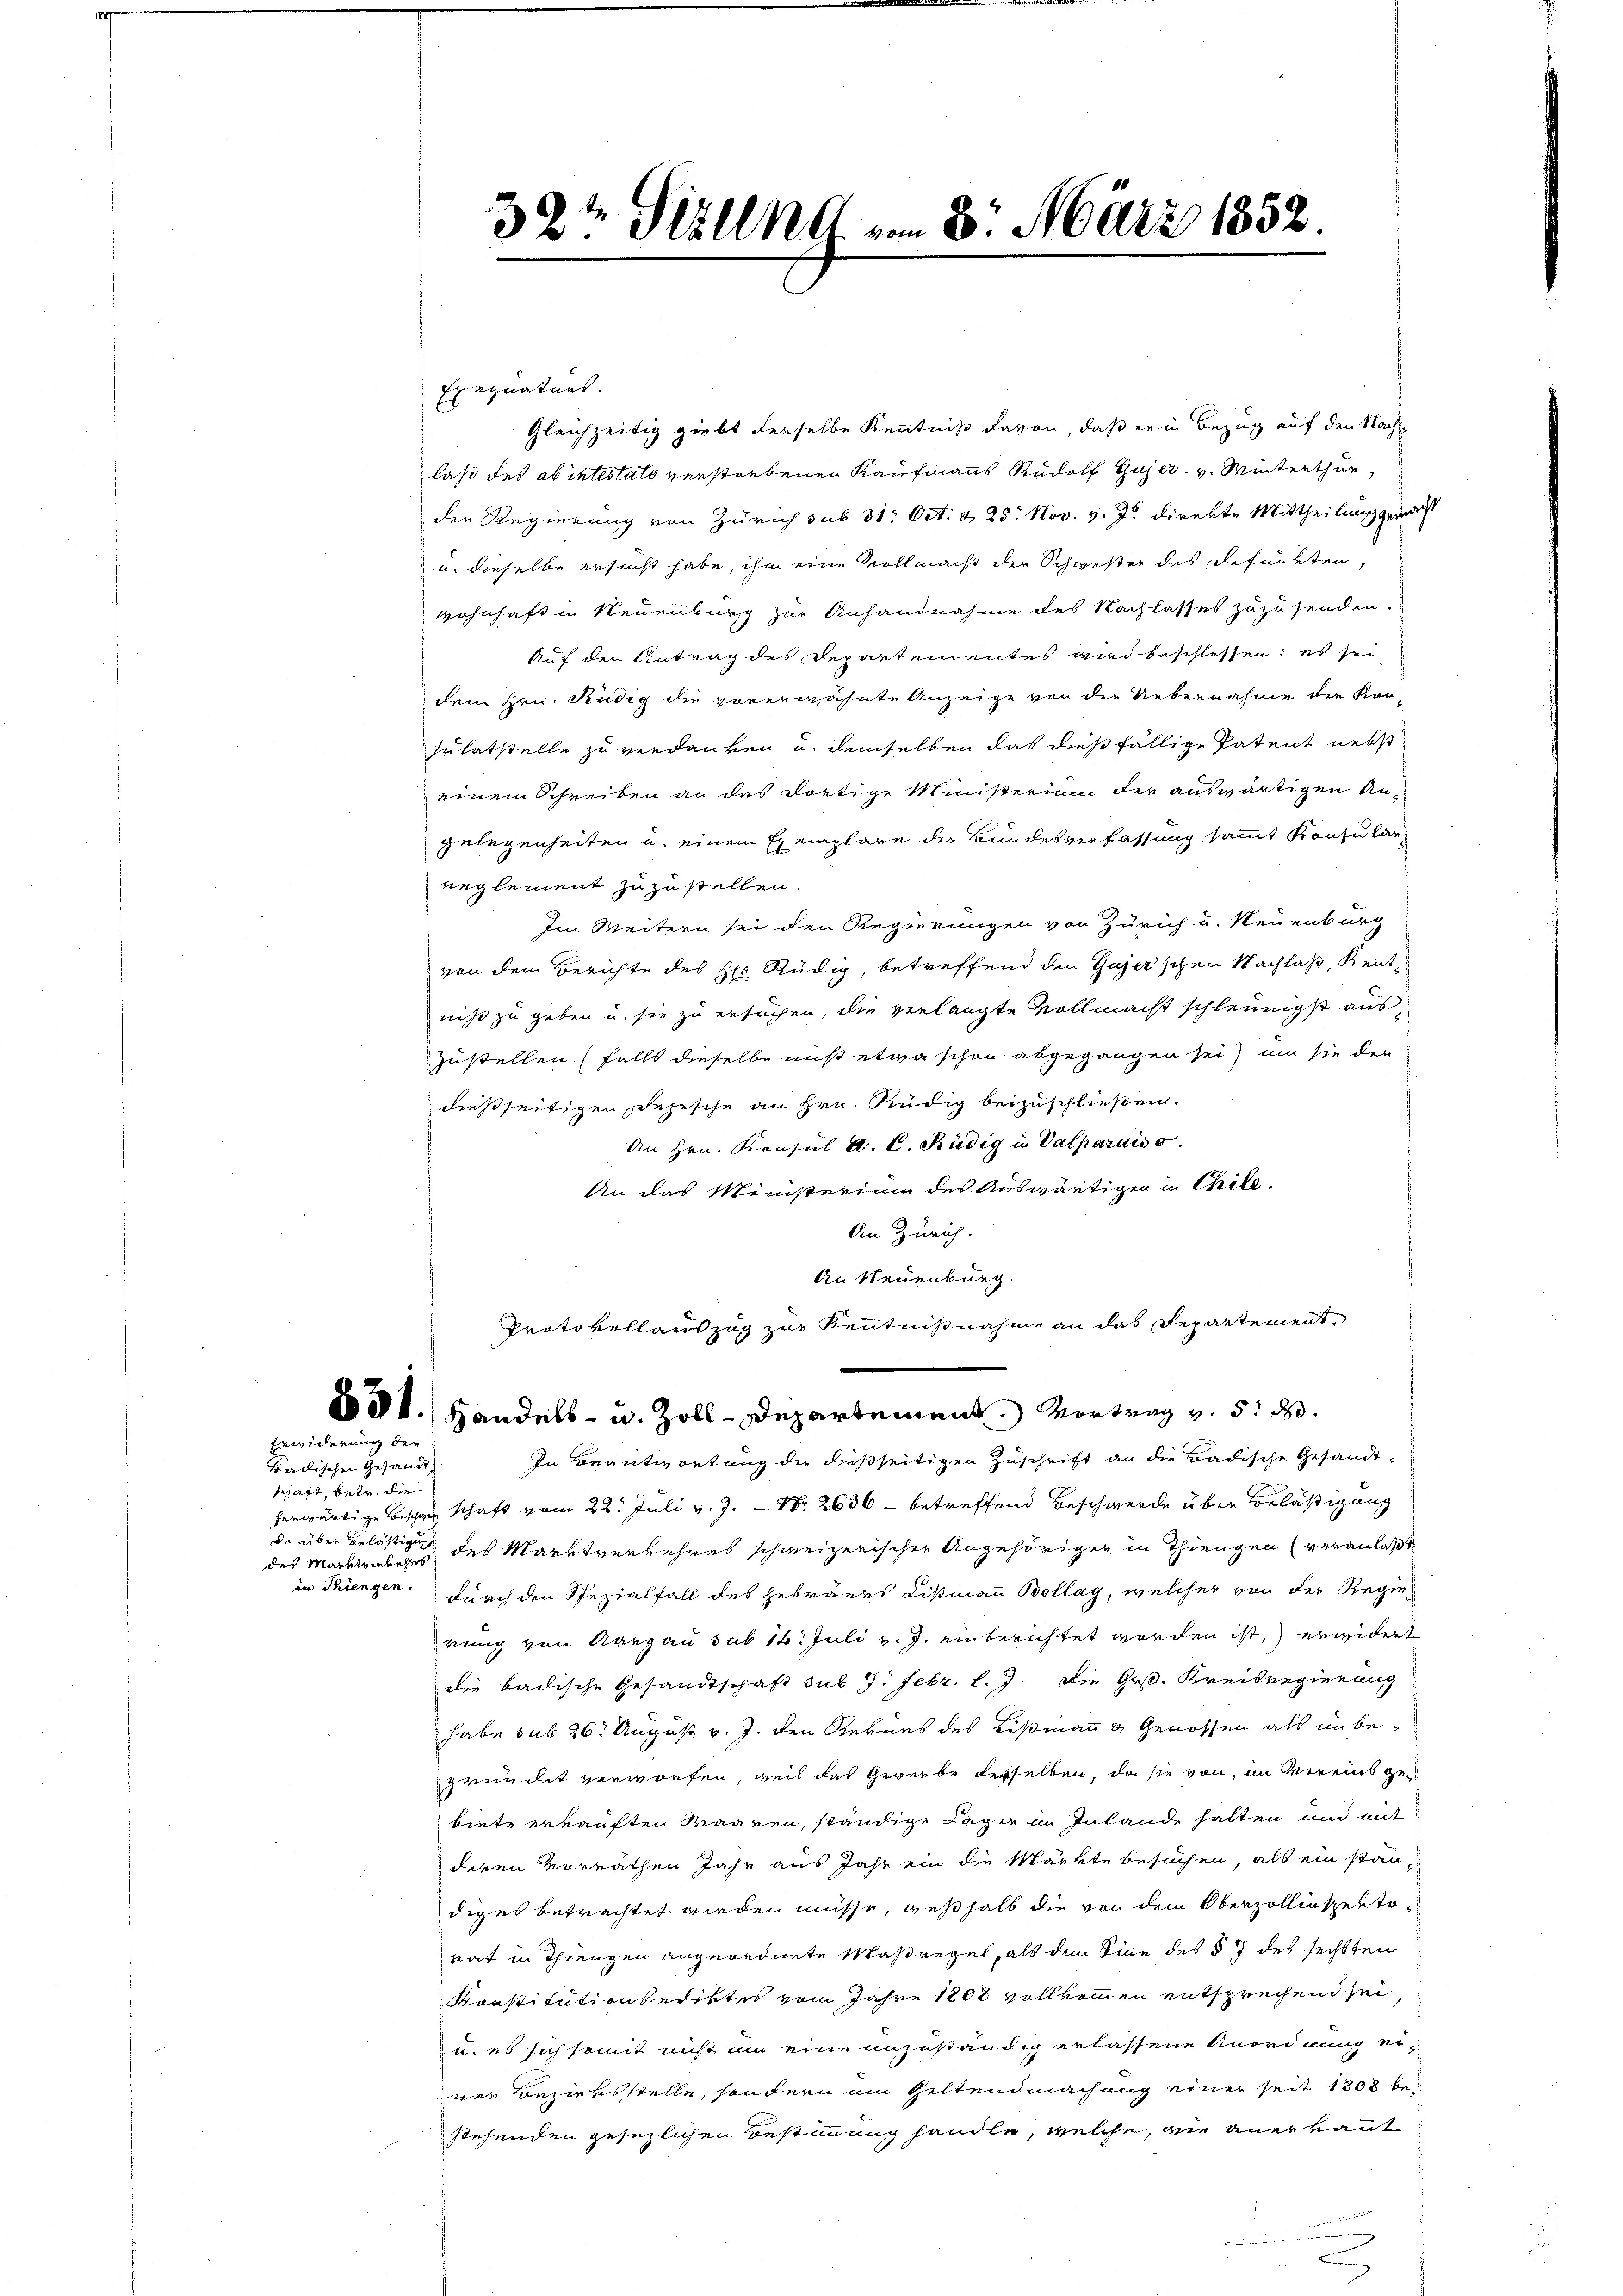
Eiwiderung der

Badischen Gesandt,
schaft, betr. die
des Marktzenbahres
in Thiengen.

32t Sizung am 3. März 1852.

Exequatues.
Gleichzeitig giebt derselbe Kenntniß davon, daß er in Bezug auf den Nachlaß des ab intestato verstrebenen Kaufmanns Rudolf Gujer v. Winterthur
den Regierung von Zürich sub 31. Oct. & 25. Nov. v. Js. direkte Mittheilung gemacht
u. dieselbe ersucht habe, ihm eine Vollmacht der Schwester des Refurrten,
wohnhaft in Neuenburg zur Anhandnahme des Nachlasses zuzusenden.
Auf den Antrag des Departementes wird beschlossen: es sei
dem Hrn. Rüdig die vorerwähnte Anzeige von der Uebernahme der Kansulatstelle zu verdanken u. demselben das dießfällige Patent nebst
einem Schreiben an das dortige Ministerium der auswärtigen Angelegenheiten u. einem Exemplare der Bundesverfassung sammt Konsularreglement zuzustellen.
Im Weitern sei den Regierungen von Zürich u. Neuenburg
von dem Berichte des H: Rüdig, betreffend den Gujer'schen Nachlaß, Kenntniß zu geben u. sie zu ersuchen, die verlangte Vollmacht schleunigst aus,
zustellen (falls dieselbe nicht etwa schon abgegangen sei) um sie den
dießseitigen Depesche an Hrn. Rüdig beizuschließen.
An Hrn. Konsul a. C. Rüdig in Valparais o
An das Ministerium des Auswärtigen in Chile.
An Zürich.
An Steuenburg.
Protokollauszug zur Kenntnißnahme an das Departementdt. Handels- u. Zoll-Departement. Vortrag v. 5. d.
In Beantwortung der dießseitigen Zuschrift an die Badische Gesandtherwärtige Beschwer schaft vom 22. Juli v. J. Nr. 2636 - betreffend Beschwerde über Belästigung
de über belästigen des Marktverkehres schweizerischen Angehörigen in Thiengen (veranlaßt
durch den Spezialfall des Gebraues Listmann Bollag, welcher von der Regierung von Aargau sub 14. Juli v. J. einberichtet worden ist, erwidert
die badische Gesandtschaft sub 9. Febr. l. J. Die Gr. Kreisregierung
habe sub 26. August v. J. den Gernes des Rismann & Genossen als unbegründet verworfen, weil das Gewerbe derselben, da sie von im Vereins ge-
biete erkauften Magnen, ständige Lager in Inlande halten und mit
deren Vorräthen Jahr aus Jahr ein die Märkte besuchen, als ein ständiges betrachtet werden müsse, weßhalb die von dem Oberzollinspektorat in Thiengen angeordnete Maßregel, als dem Sinne des § 7 des sechsten
Konstitutionsediktes vom Jahre 1808 vollkommen entsprechend sei,
u. es sich somit nicht um eine unzuständig erlassene Anordnung einer Beziehsstelle, sondern im Geltendmachung einer seit 1803 bestehenden gesezlichen Bestimmung handle, welche, wie anerkannt